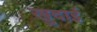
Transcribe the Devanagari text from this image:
खु़दाई